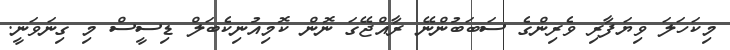
މިކަހަލަ ވިޔަފާރި ވެރިންގެ ސަބަބުންނޭ ރާއްޖޭގަ ނޮން ކޮމިއުނިކެބަލް ޑިސީސް މި ގިނަވަނީ.